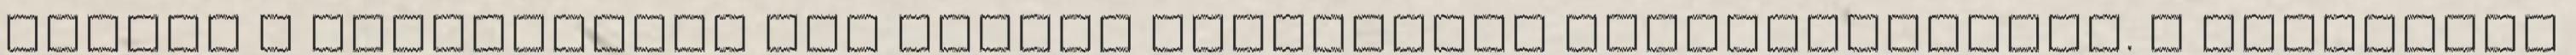
Sajnos a várandósság nem minden kismamánál problémamentes. A terhesség